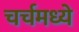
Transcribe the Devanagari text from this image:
चर्चमध्‍ये